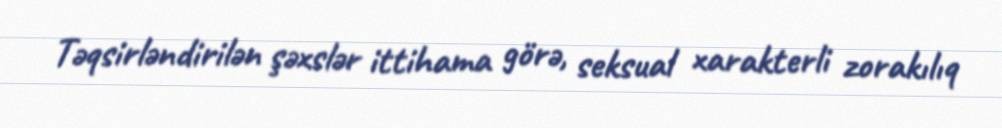
Təqsirləndirilən şəxslər ittihama görə, seksual xarakterli zorakılıq